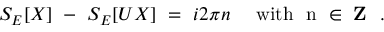
S _ { E } [ X ] \ - \ S _ { E } [ U X ] \ = \ i 2 \pi n \quad \mathrm { ~ w i t h \ ~ n ~ \in { \bf ~ Z } ~ } \ .